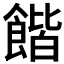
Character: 𲋜